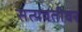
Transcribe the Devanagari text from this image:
सत्यवतीवर